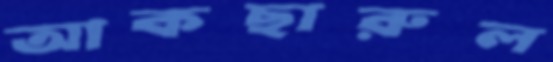
আকছারুল